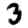
Digit: 3